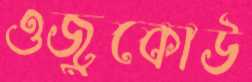
ওজুকোউ